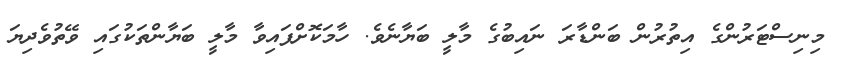
މިނިސްޓަރުންގެ އިތުރުން ބަންޑާރަ ނައިބުގެ މާލީ ބަޔާނެވެ. ހާމަކޮށްފައިވާ މާލީ ބަޔާންތަކުގައި ވޭތުވެދިޔަ